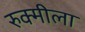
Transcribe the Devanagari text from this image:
रुक्मीला